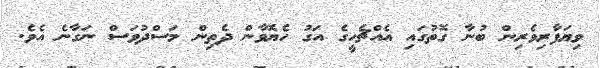
ވިޔަފާރިވެރިން ބުނާ ގޮތުގައި އެއްޗެހީގެ އަގު ހެޔޮވާން ދެތިން މަސްދުވަސް ނަގާނެ އެވެ.